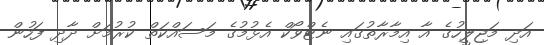
އަދި މަޖިލީހުގެ އާ އިމާރާތުގައި ނެޓްވޯކް އެޅުމުގެ މަސައްކަތް ކުރުމަށް ދާދި ފަހުން